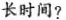
长时间？